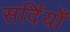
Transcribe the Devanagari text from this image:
सर्दियोँ